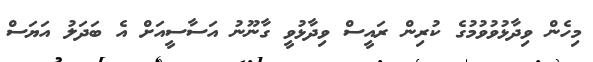
މިހެން ވިދާޅުވުވުމުގެ ކުރިން ރައީސް ވިދާޅުވީ ގާނޫނު އަސާސީއަށް އެ ބަދަލު އަޔަސް